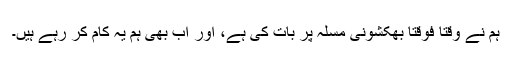
ہم نے وقتاً فوقتاً بھکشونی مسٔلہ پر بات کی ہے، اور اب بھی ہم یہ کام کر رہے ہیں۔